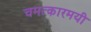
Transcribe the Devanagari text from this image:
चमत्कारमयी